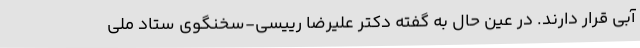
آبی قرار دارند. در عین حال به گفته دکتر علیرضا رییسی-سخنگوی ستاد ملی